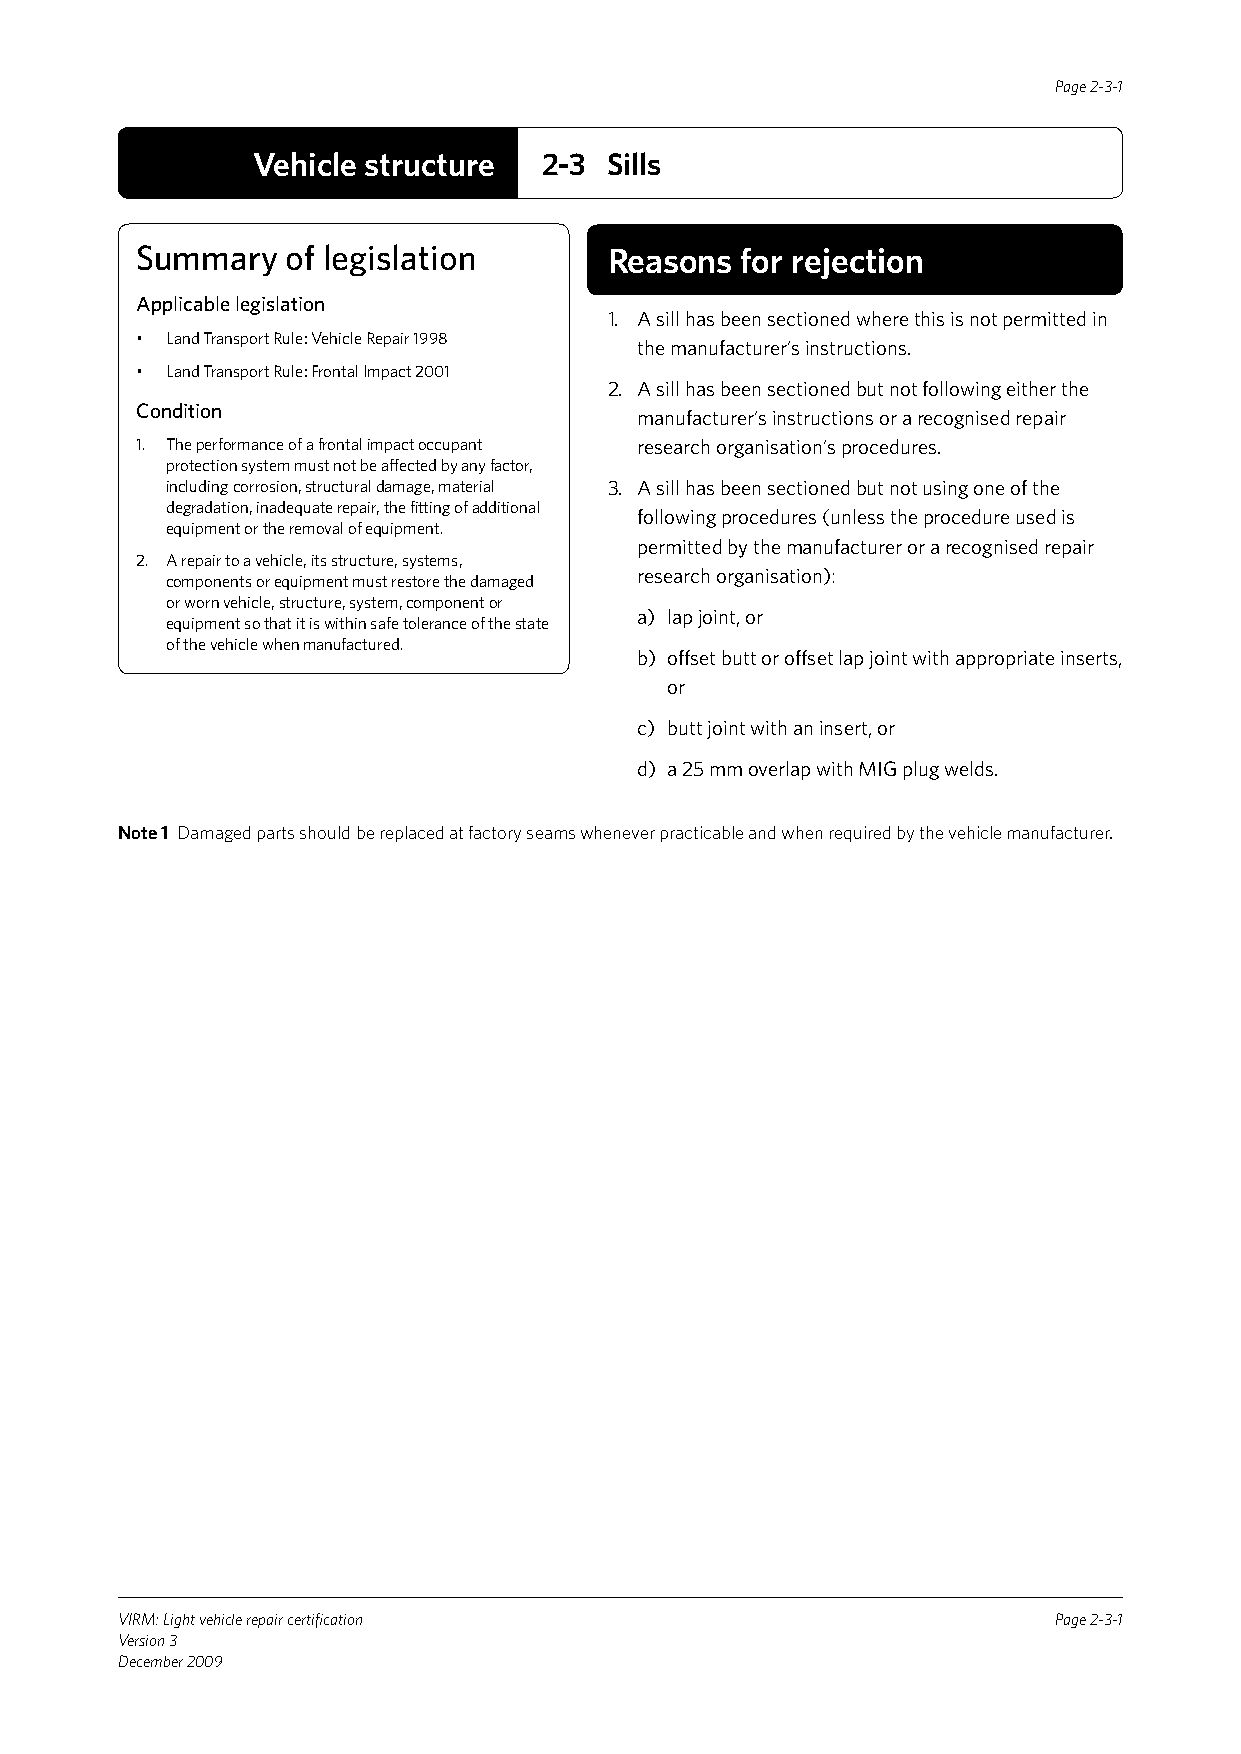
Page 2-3-1
 Vehicle structure  2-3 Sills
 Summary   of legislation       Reasons  for rejection
 Applicable legislation
 1. A sill has been sectioned where this is not permitted in
 • Land Transport Rule: Vehicle Repair 1998
 the manufacturer’s instructions.
 • Land Transport Rule: Frontal Impact 2001
 2. A sill has been sectioned but not following either the
 Condition
 manufacturer’s instructions or a recognised repair
 1. The performance of a frontal impact occupant research organisation’s procedures.
 protection system must not be affected by any factor,
 including corrosion, structural damage, material 3. A sill has been sectioned but not using one of the
 degradation, inadequate repair, the fitting of additional
 following procedures (unless the procedure used is
 equipment or the removal of equipment.
 permitted by the manufacturer or a recognised repair
 2. A repair to a vehicle, its structure, systems,
 research organisation):
 components or equipment must restore the damaged
 or worn vehicle, structure, system, component or
 a) lap joint, or
 equipment so that it is within safe tolerance of the state
 of the vehicle when manufactured.
 b) offset butt or offset lap joint with appropriate inserts,
 or
 c) butt joint with an insert, or
 d) a 25 mm overlap with MIG plug welds.
 Note 1 Damaged parts should be replaced at factory seams whenever practicable and when required by the vehicle manufacturer.
 VIRM: Light vehicle repair certification                      Page 2-3-1
 Version 3
 December 2009